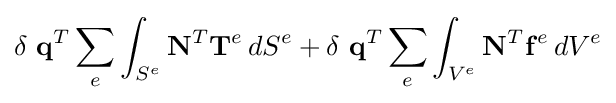
\delta \ \mathbf {q} ^{T}\sum _{e}\int _{S^{e}}\mathbf {N} ^{T}\mathbf {T} ^{e}\,dS^{e}+\delta \ \mathbf {q} ^{T}\sum _{e}\int _{V^{e}}\mathbf {N} ^{T}\mathbf {f} ^{e}\,dV^{e}